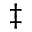
\ddagger